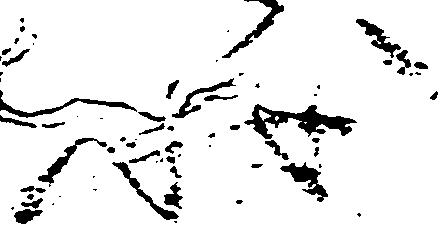
状